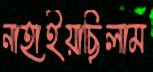
নাহাইয়াছিলাম